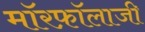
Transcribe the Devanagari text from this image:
मॉरफ़ॉलाजी